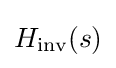
H_{\text{inv}}(s)